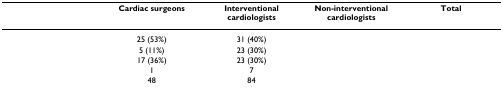
<table><thead><tr><td>[EMPTY_CELL]</td><td><b>Cardiac surgeons</b></td><td><b>Interventional cardiologists</b></td><td><b>Non-interventional cardiologists</b></td><td><b>Total</b></td></tr></thead><tbody><tr><td>[EMPTY_CELL]</td><td>25 (53%)</td><td>31 (40%)</td><td>[EMPTY_CELL]</td><td>[EMPTY_CELL]</td></tr><tr><td>[EMPTY_CELL]</td><td>5 (11%)</td><td>23 (30%)</td><td>[EMPTY_CELL]</td><td>[EMPTY_CELL]</td></tr><tr><td>[EMPTY_CELL]</td><td>17 (36%)</td><td>23 (30%)</td><td>[EMPTY_CELL]</td><td>[EMPTY_CELL]</td></tr><tr><td>[EMPTY_CELL]</td><td>1</td><td>7</td><td>[EMPTY_CELL]</td><td>[EMPTY_CELL]</td></tr><tr><td>[EMPTY_CELL]</td><td>48</td><td>84</td><td>[EMPTY_CELL]</td><td>[EMPTY_CELL]</td></tr></tbody></table>